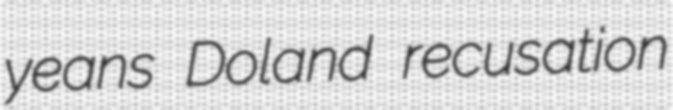
yeans Doland recusation